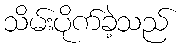
သိမ်းပိုက်ခဲ့သည်